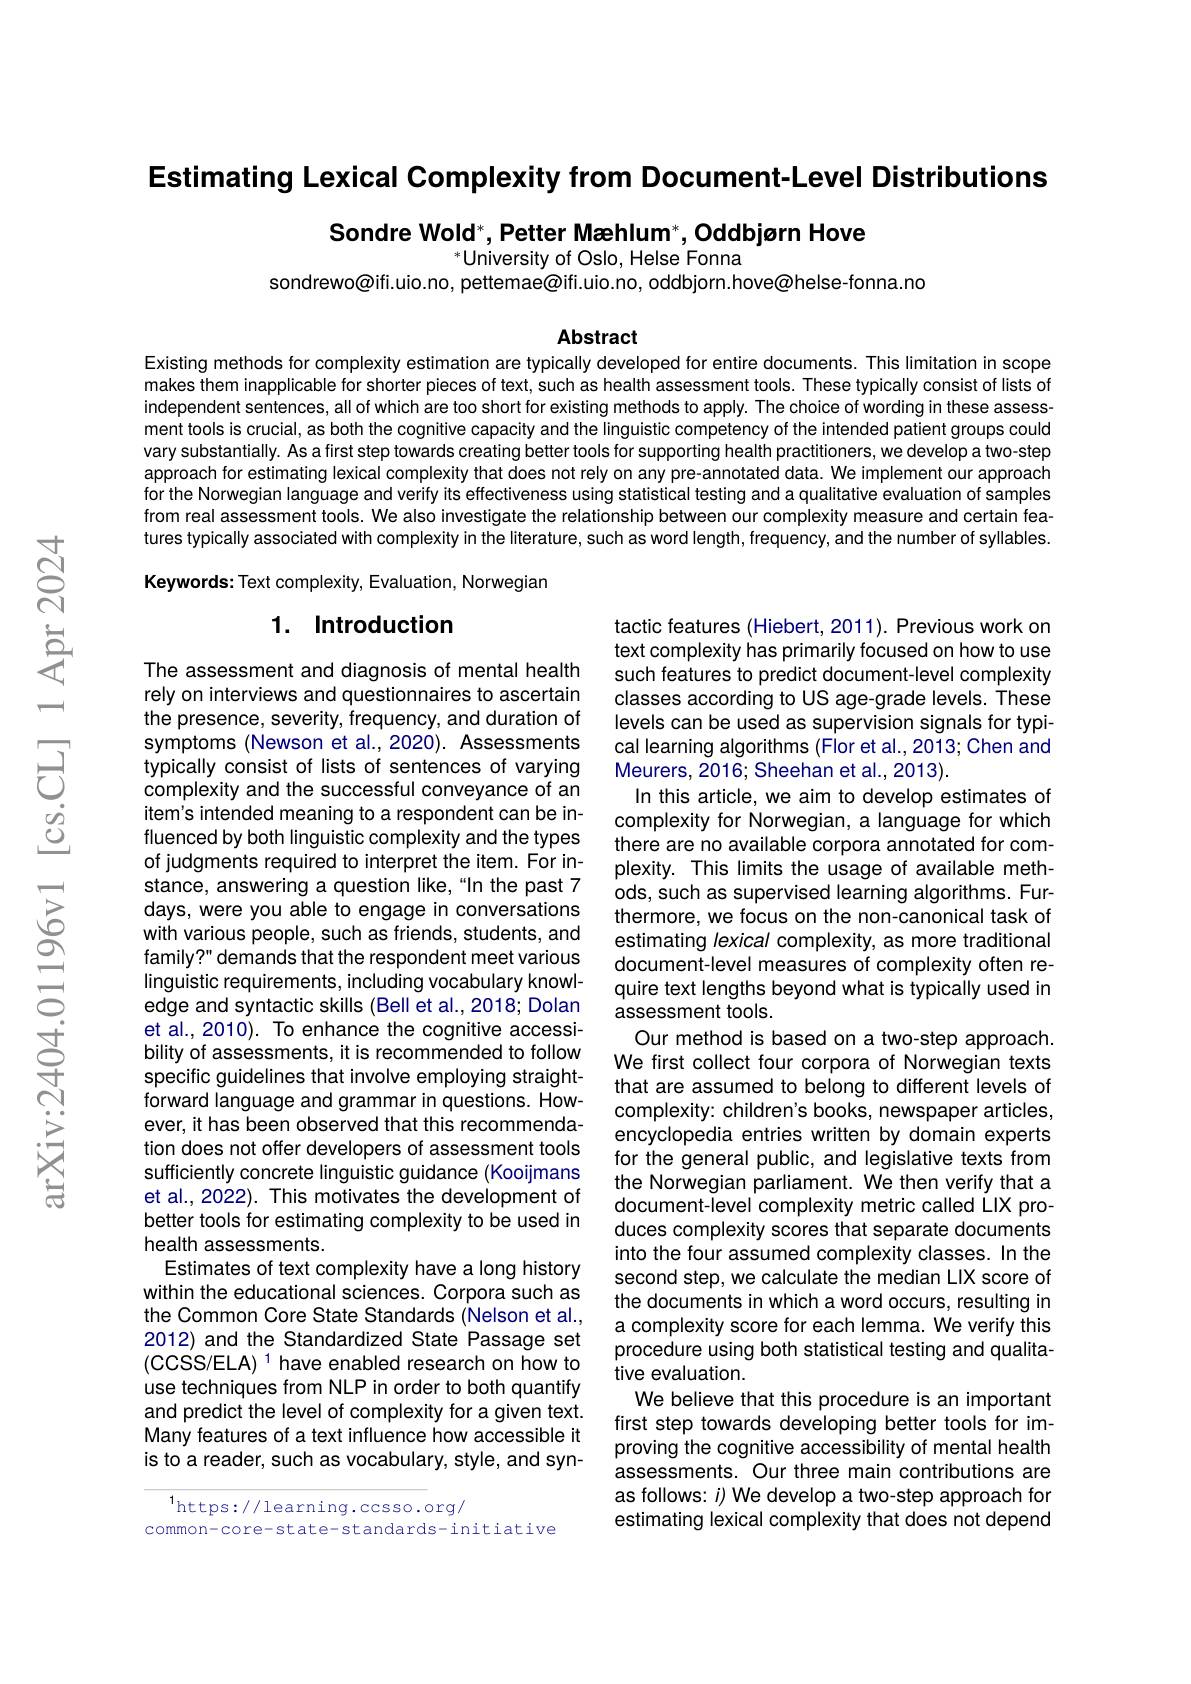
Estimating Lexical Complexity from Document-Level Distributions

Sondre Wold*, Petter Mæhlum*, Oddbjørn Hove

$^{*}$University of Oslo, Helse Fonna
sondrewo@ifi.uio.no, pettemae@ifi.uio.no, oddbjorn.hove@helse-fonna.no

Abstract

Existing methods for complexity estimation are typically developed for entire documents. This limitation in scope makes them inapplicable for shorter pieces of text, such as health assessment tools. These typically consist of lists of independent sentences, all of which are too short for existing methods to apply. The choice of wording in these assessment tools is crucial, as both the cognitive capacity and the linguistic competency of the intended patient groups could vary substantially. As a first step towards creating better tools for supporting health practitioners, we develop a two-step approach for estimating lexical complexity that does not rely on any pre-annotated data. We implement our approach for the Norwegian language and verify its effectiveness using statistical testing and a qualitative evaluation of samples from real assessment tools. We also investigate the relationship between our complexity measure and certain features typically associated with complexity in the literature, such as word length, frequency, and the number of syllables. Keywords: Text complexity, Evaluation, Norwegian

## 1. Introduction

The assessment and diagnosis of mental health rely on interviews and questionnaires to ascertain the presence, severity, frequency, and duration of symptoms (Newson et al., 2020). Assessments typically consist of lists of sentences of varying complexity and the successful conveyance of an item's intended meaning to a respondent can be influenced by both linguistic complexity and the types of judgments required to interpret the item. For instance, answering a question like,“In the past 7 days, were you able to engage in conversations with various people, such as friends, students, and family?" demands that the respondent meet various linguistic requirements, including vocabulary knowledge and syntactic skills (Bell et al., 2018; Dolan et al., 2010). To enhance the cognitive accessibility of assessments, it is recommended to follow specific guidelines that involve employing straightforward language and grammar in questions. However, it has been observed that this recommendation does not offer developers of assessment tools sufficiently concrete linguistic guidance (Kooijmans et al., 2022). This motivates the development of better tools for estimating complexity to be used in health assessments.
Estimates of text complexity have a long history within the educational sciences. Corpora such as the Common Core State Standards (Nelson et al., 2012) and the Standardized State Passage set $(\mathrm{CCSS/ELA)~}^{1}$ have enabled research on how to use techniques from NLP in order to both quantify and predict the level of complexity for a given text. Many features of a text influence how accessible it is to a reader, such as vocabulary, style, and syn-

tactic features (Hiebert, 2011). Previous work on text complexity has primarily focused on how to use such features to predict document-level complexity classes according to US age-grade levels. These levels can be used as supervision signals for typical learning algorithms (Flor et al., 2013; Chen and Meurers, 2016; Sheehan et al., 2013).
In this article, we aim to develop estimates of complexity for Norwegian, a language for which there are no available corpora annotated for complexity. This limits the usage of available methods, such as supervised learning algorithms. Furthermore, we focus on the non-canonical task of estimating lexical complexity, as more traditional document-level measures of complexity often require text lengths beyond what is typically used in assessment tools.
Our method is based on a two-step approach. We first collect four corpora of Norwegian texts that are assumed to belong to different levels of complexity: children's books, newspaper articles, encyclopedia entries written by domain experts for the general public, and legislative texts from the Norwegian parliament. We then verify that a document-level complexity metric called LIX produces complexity scores that separate documents into the four assumed complexity classes. In the second step, we calculate the median LIX score of the documents in which a word occurs, resulting in a complexity score for each lemma. We verify this procedure using both statistical testing and qualitative evaluation.
We believe that this procedure is an important first step towards developing better tools for improving the cognitive accessibility of mental health assessments. Our three main contributions are as follows: $i)$ We develop a two-step approach for estimating lexical complexity that does not depend

$^{1}$https://learning.ccsso.org/
common-core-state-standards-initiative